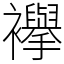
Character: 襷